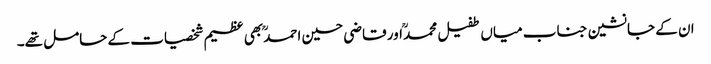
ان کے جانشین جناب میاں طفیل محمدؒ اور قاضی حسین احمدؒ بھی عظیم شخصیات کے حامل تھے۔